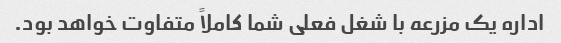
اداره یک مزرعه با شغل فعلی شما کاملاً متفاوت خواهد بود.